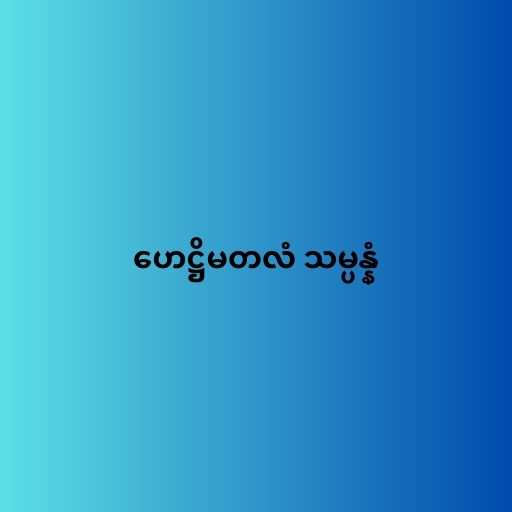
ဟေဋ္ဌိမတလံ သမ္ပန္နံ